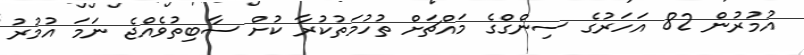
އުމުރުން 82 އަހަރުގެ ސިންގްގެ މައްޗަށް ތުހުމަތުކުރާ ކުށް ސާބިތުވެއްޖެ ނަމަ އުމުރު